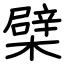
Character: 檗